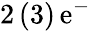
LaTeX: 2\, (3)\, \mathrm{e}^{-}